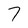
Character: 7